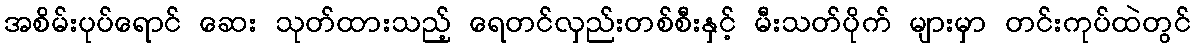
အစိမ်းပုပ်ရောင် ဆေး သုတ်ထားသည့် ရေတင်လှည်းတစ်စီးနှင့် မီးသတ်ပိုက် များမှာ တင်းကုပ်ထဲတွင်